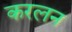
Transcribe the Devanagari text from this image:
करलन